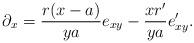
LaTeX: \begin{align*}\partial_x = {r (x - a) \over y a} e_{x y} - {x r' \over y a} e_{x y}'.\end{align*}